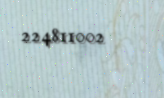
224811002